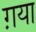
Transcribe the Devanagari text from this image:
ग़या